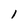
Character: l